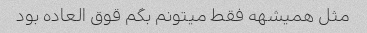
مثل همیشهه فقط میتونم بگم قوق العاده بود